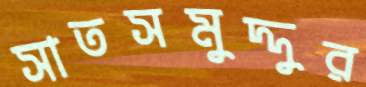
সাতসমুদ্দুর